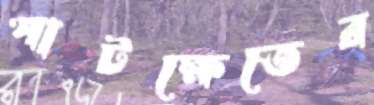
পাটক্ষেতের